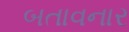
બતાવનાર